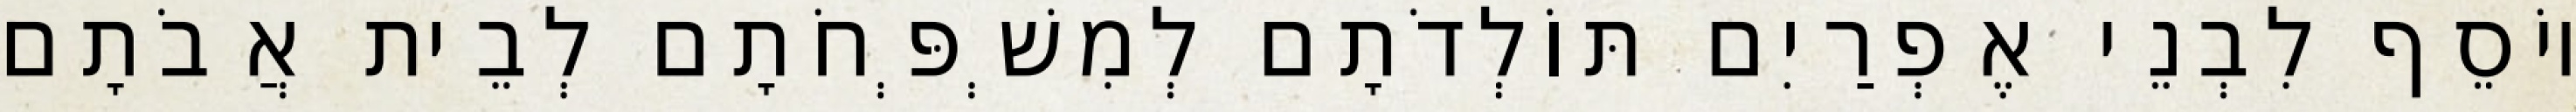
יוֹסֵף לִבְנֵי אֶפְרַיִם תּוֹלְדֹתָם לְמִשְׁפְּחֹתָם לְבֵית אֲבֹתָם